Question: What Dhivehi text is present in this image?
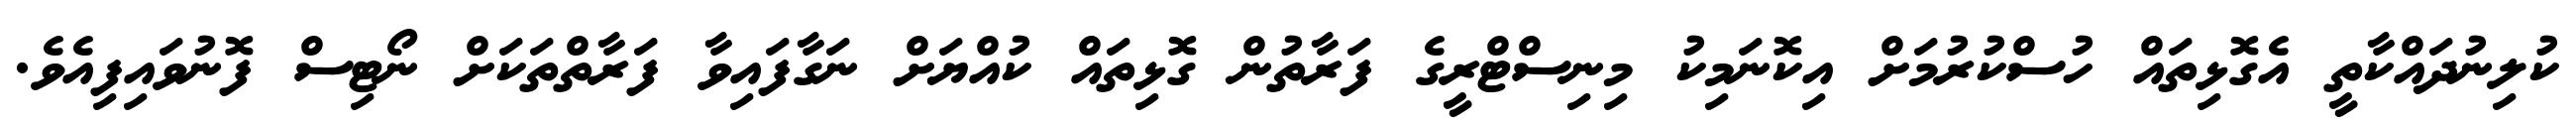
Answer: ކުލިނުދައްކާތީ އެގޮޅިތައް ހުސްކުރުމަށް އިކޮނަމިކު މިނިސްޓްރީގެ ފަރާތުން ގޮޅިތައް ކުއްޔަށް ނަގާފައިވާ ފަރާތްތަކަށް ނޯޓިސް ފޮނުވައިފިއެވެ.